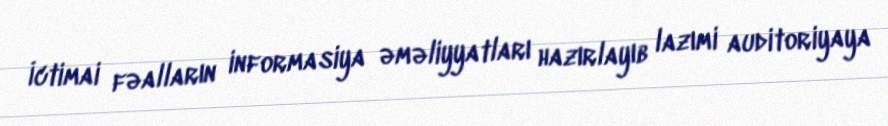
İctimai fəalların informasiya əməliyyatları hazırlayıb lazımi auditoriyaya